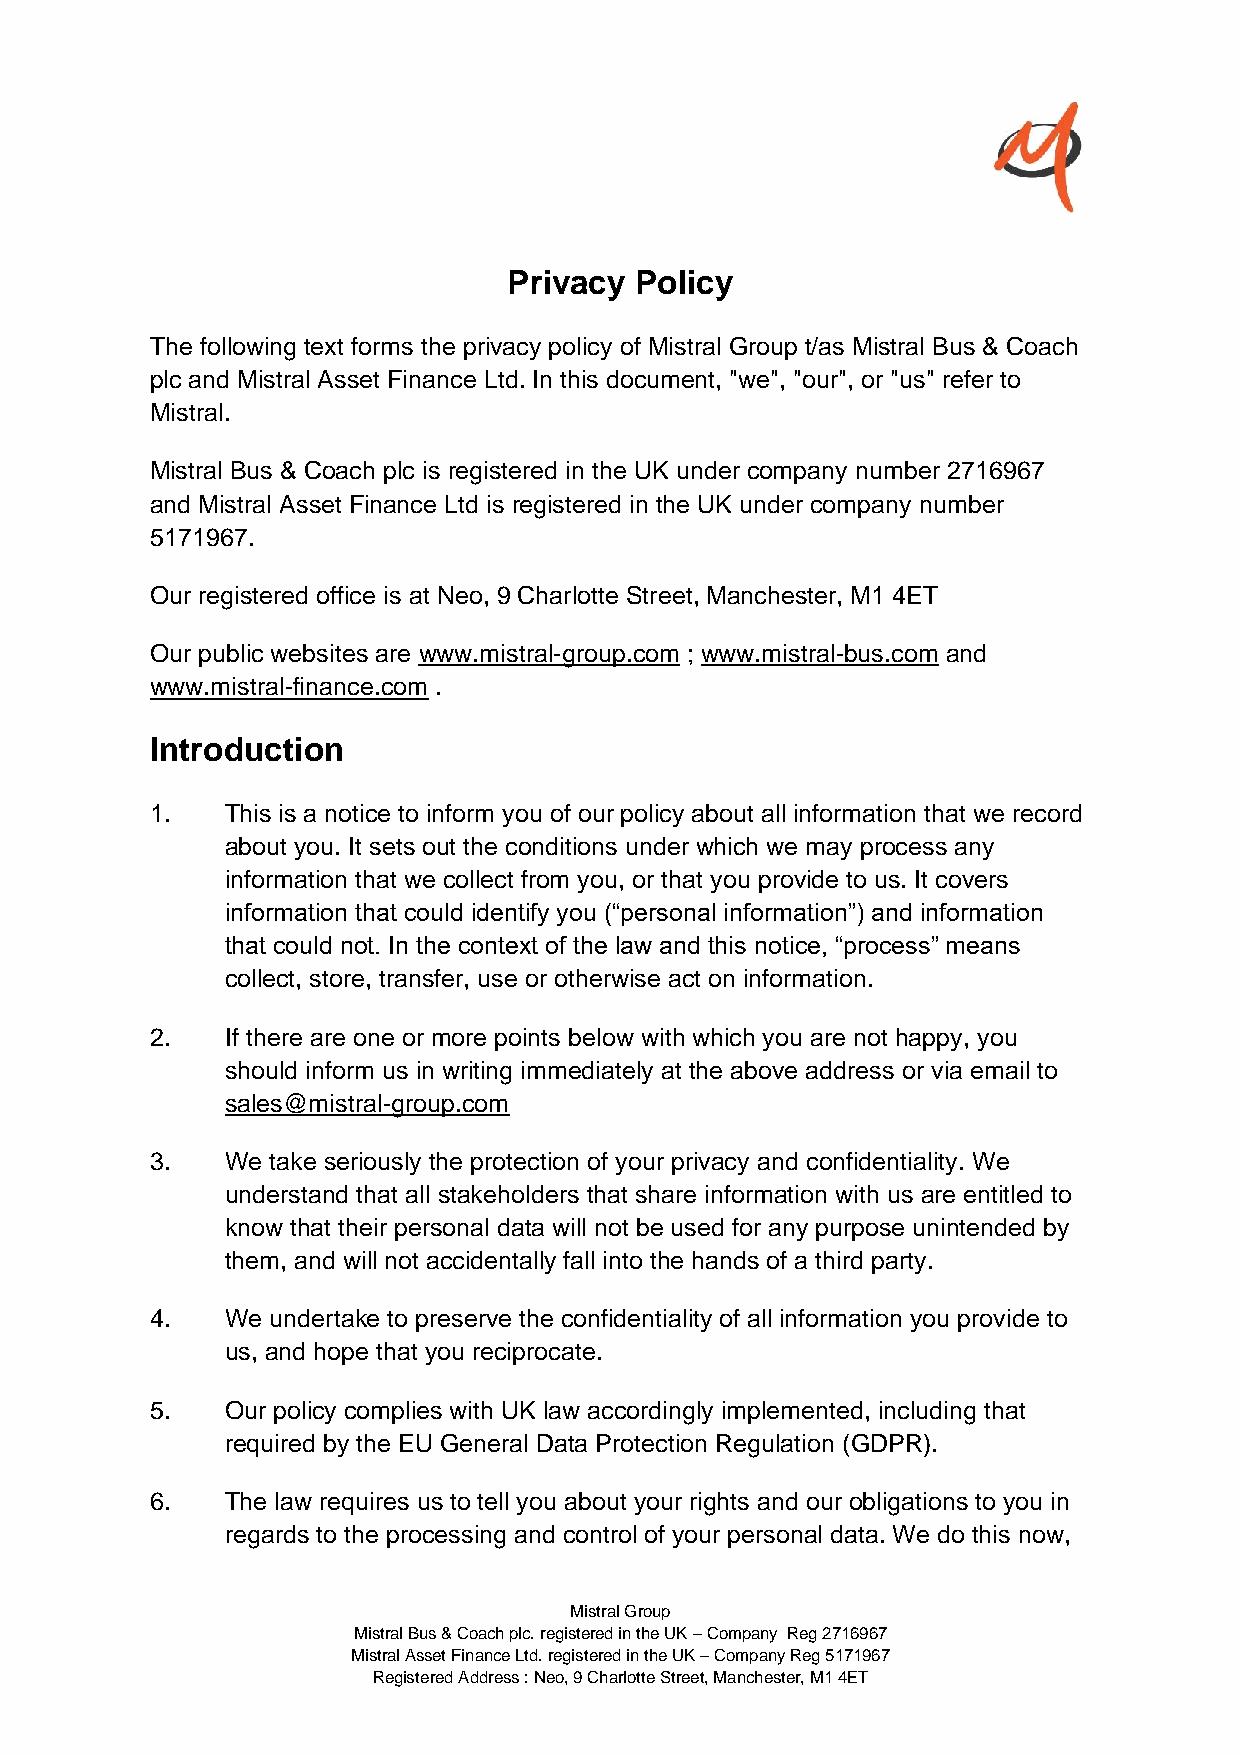
Privacy Policy
 The following text forms the privacy policy of Mistral Group t/as Mistral Bus & Coach
 plc and Mistral Asset Finance Ltd. In this document, "we", "our", or "us" refer to
 Mistral.
 Mistral Bus & Coach plc is registered in the UK under company number 2716967
 and Mistral Asset Finance Ltd is registered in the UK under company number
 5171967.
 Our registered office is at Neo, 9 Charlotte Street, Manchester, M1 4ET
 Our public websites are www.mistral-group.com ; www.mistral-bus.com and
 www.mistral-finance.com .
 Introduction
 1.   This is a notice to inform you of our policy about all information that we record
 about you. It sets out the conditions under which we may process any
 information that we collect from you, or that you provide to us. It covers
 information that could identify you (“personal information”) and information
 that could not. In the context of the law and this notice, “process” means
 collect, store, transfer, use or otherwise act on information.
 2.   If there are one or more points below with which you are not happy, you
 should inform us in writing immediately at the above address or via email to
 sales@mistral-group.com
 3.   We take seriously the protection of your privacy and confidentiality. We
 understand that all stakeholders that share information with us are entitled to
 know that their personal data will not be used for any purpose unintended by
 them, and will not accidentally fall into the hands of a third party.
 4.   We undertake to preserve the confidentiality of all information you provide to
 us, and hope that you reciprocate.
 5.   Our policy complies with UK law accordingly implemented, including that
 required by the EU General Data Protection Regulation (GDPR).
 6.   The law requires us to tell you about your rights and our obligations to you in
 regards to the processing and control of your personal data. We do this now,
 Mistral Group
 Mistral Bus & Coach plc. registered in the UK – Company Reg 2716967
 Mistral Asset Finance Ltd. registered in the UK – Company Reg 5171967
 Registered Address : Neo, 9 Charlotte Street, Manchester, M1 4ET